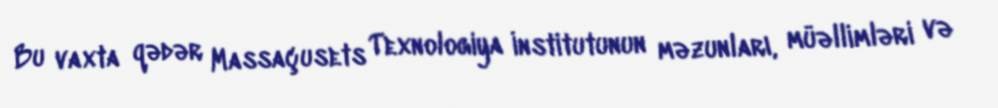
Bu vaxta qədər Massaçusets Texnologiya İnstitutunun məzunları, müəllimləri və